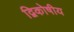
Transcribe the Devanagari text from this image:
द्विकोषीय